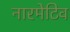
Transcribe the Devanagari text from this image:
नारमेटिव